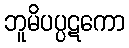
ဘူမိပပ္ပဋကော